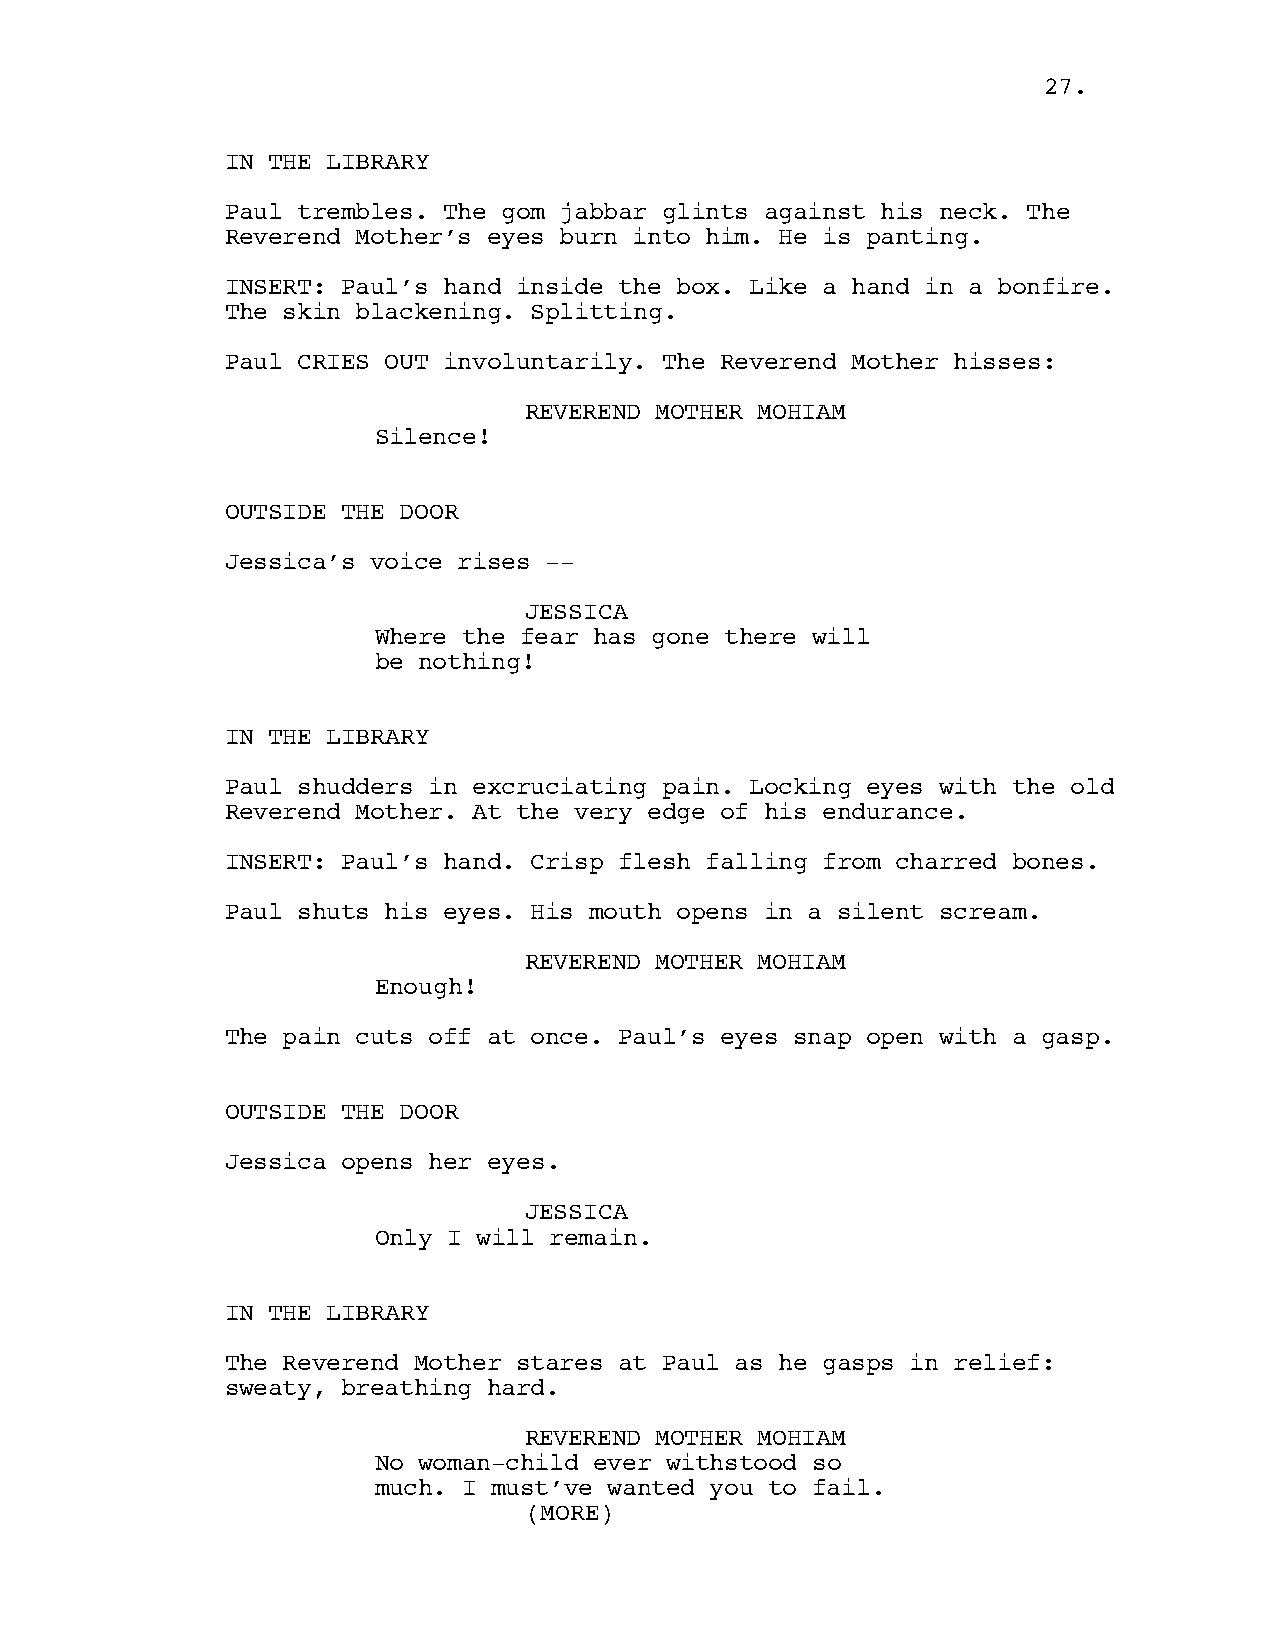
2277..
 IN THE LIBRARY
 Paul trembles. The gom jabbar glints against his neck. The
 Reverend Mother’s eyes burn into him. He is panting.
 INSERT: Paul’s hand inside the box. Like a hand in a bonfire.
 The skin blackening. Splitting.
 Paul CRIES OUT involuntarily. The Reverend Mother hisses:
 REVEREND MOTHER MOHIAM
 Silence!
 OUTSIDE THE DOOR
 Jessica’s voice rises --
 JESSICA
 Where the fear has gone there will
 be nothing!
 IN THE LIBRARY
 Paul shudders in excruciating pain. Locking eyes with the old
 Reverend Mother. At the very edge of his endurance.
 INSERT: Paul’s hand. Crisp flesh falling from charred bones.
 Paul shuts his eyes. His mouth opens in a silent scream.
 REVEREND MOTHER MOHIAM
 Enough!
 The pain cuts off at once. Paul’s eyes snap open with a gasp.
 OUTSIDE THE DOOR
 Jessica opens her eyes.
 JESSICA
 Only I will remain.
 IN THE LIBRARY
 The Reverend Mother stares at Paul as he gasps in relief:
 sweaty, breathing hard.
 REVEREND MOTHER MOHIAM
 No woman-child ever withstood so
 much. I must’ve wanted you to fail.
 ((MMOORREE))